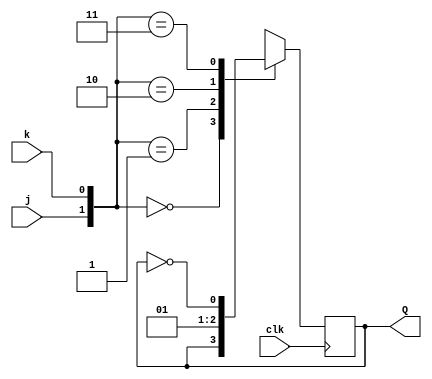
module top_module (
    input clk,
    input j,
    input k,
    output reg Q); 

    always @(posedge clk) begin
        case({j, k})
            2'b00: Q <= Q;
            2'b01: Q <= 1'b0;
            2'b10: Q <= 1'b1;
            2'b11: Q <= ~Q;
        endcase
    end

endmodule